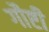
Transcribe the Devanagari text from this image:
गौष्टी